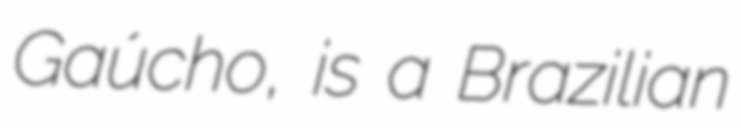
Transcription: Gaúcho, is a Brazilian